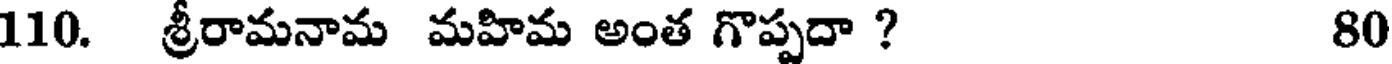
110. శ్రీరామనామ మహిమ అంత గొప్పదా ? 80